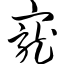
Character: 宠